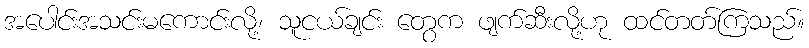
အပေါင်းအသင်းမကောင်းလို့၊ သူငယ်ချင်း တွေက ဖျက်ဆီးလို့ဟု ထင်တတ်ကြသည်။